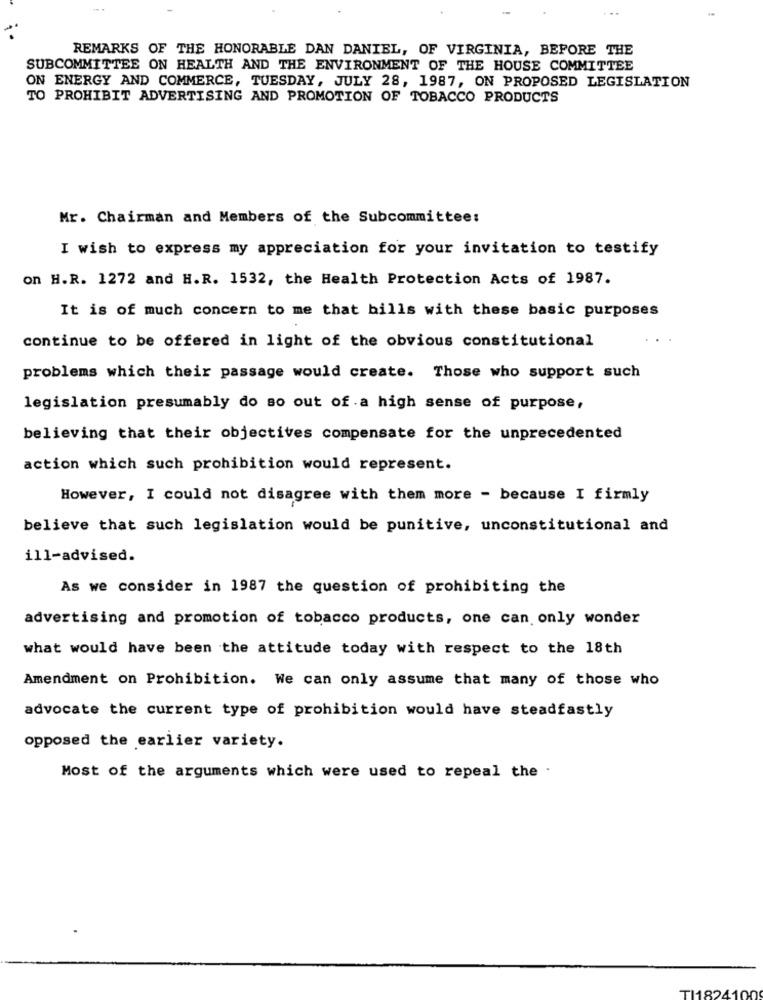
..
REMARKS OF THE HONORABLE DAN DANIEL, OF VIRGINIA, BEFORE THE
SUBCOMMITTEE ON HEALTH AND THE ENVIRONMENT OF THE HOUSE COMMITTEE
ON ENERGY AND COMMERCE, TUESDAY, JULY 28, 1987, ON PROPOSED LEGISLATION
TO PROHIBIT ADVERTISING AND PROMOTION OF TOBACCO PRODUCTS
Mr. Chairman and Members of the Subcommittee:
I wish to express my appreciation for your invitation to testify
on H.R. 1272 and H.R. 1532, the Health Protection Acts of 1987.
It is of much concern to me that bills with these basic purposes
continue to be offered in light of the obvious constitutional
problems which their passage would create. Those who support such
legislation presumably do so out of a high sense of purpose,
believing that their objectives compensate for the unprecedented
action which such prohibition would represent.
However, I could not disagree with them more - because I firmly
believe that such legislation would be punitive, unconstitutional and
ill-advised.
As we consider in 1987 the question of prohibiting the
advertising and promotion of tobacco products, one can only wonder
what would have been the attitude today with respect to the 18th
Amendment on Prohibition. We can only assume that many of those who
advocate the current type of prohibition would have steadfastly
opposed the earlier variety.
Most of the arguments which were used to repeal the .
TI1824100